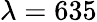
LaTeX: \lambda=635